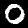
Label: 0